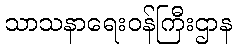
သာသနာရေးဝန်ကြီးဌာန